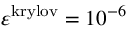
\varepsilon ^ { \mathrm { k r y l o v } } = 1 0 ^ { - 6 }